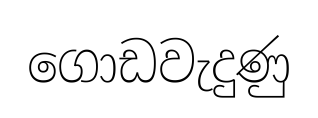
ගොඩවැදුණු